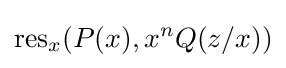
\operatorname {res} _{x}(P(x),x^{n}Q(z/x))